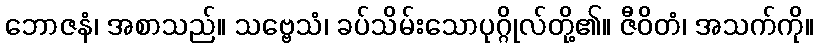
ဘောဇနံ၊ အစာသည်။ သဗ္ဗေသံ၊ ခပ်သိမ်းသောပုဂ္ဂိုလ်တို့၏။ ဇီဝိတံ၊ အသက်ကို။